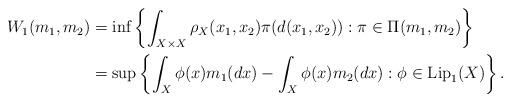
LaTeX: \begin{align*}W_1(m_1,m_2)&=\inf\left\{\int_{X\times X}\rho_X(x_1,x_2)\pi(d(x_1,x_2)):\pi\in\Pi(m_1,m_2)\right\}\\&=\sup\left\{\int_X\phi(x)m_1(dx)-\int_X\phi(x)m_2(dx):\phi\in\mathrm{Lip}_1(X)\right\}.\end{align*}